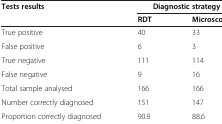
| Tests results | <COLSPAN=2> Diagnostic strategy |
 |  | RDT | Microscopy |
 | --- | --- | --- |
 | True positive | 40 | 33 |
 | False positive | 6 | 3 |
 | True negative | 111 | 114 |
 | False negative | 9 | 16 |
 | Total sample analysed | 166 | 166 |
 | Number correctly diagnosed | 151 | 147 |
 | Proportion correctly diagnosed | 90.9 | 88.6 |